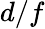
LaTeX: d/f